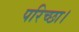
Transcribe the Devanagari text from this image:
परिच्‍छा।